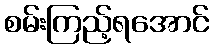
စမ်းကြည့်ရအောင်